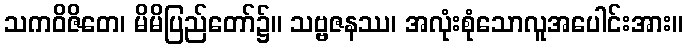
သကဝိဇိတေ၊ မိမိပြည်တော်၌။ သဗ္ဗဇနဿ၊ အလုံးစုံသောလူအပေါင်းအား။